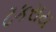
ટકરાય